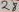
Text: 28